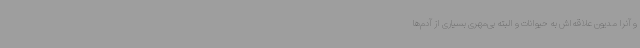
و آنرا مدیون علاقه‌اش به حیوانات و البته بی‌مهری بسیاری از آدم‌ها